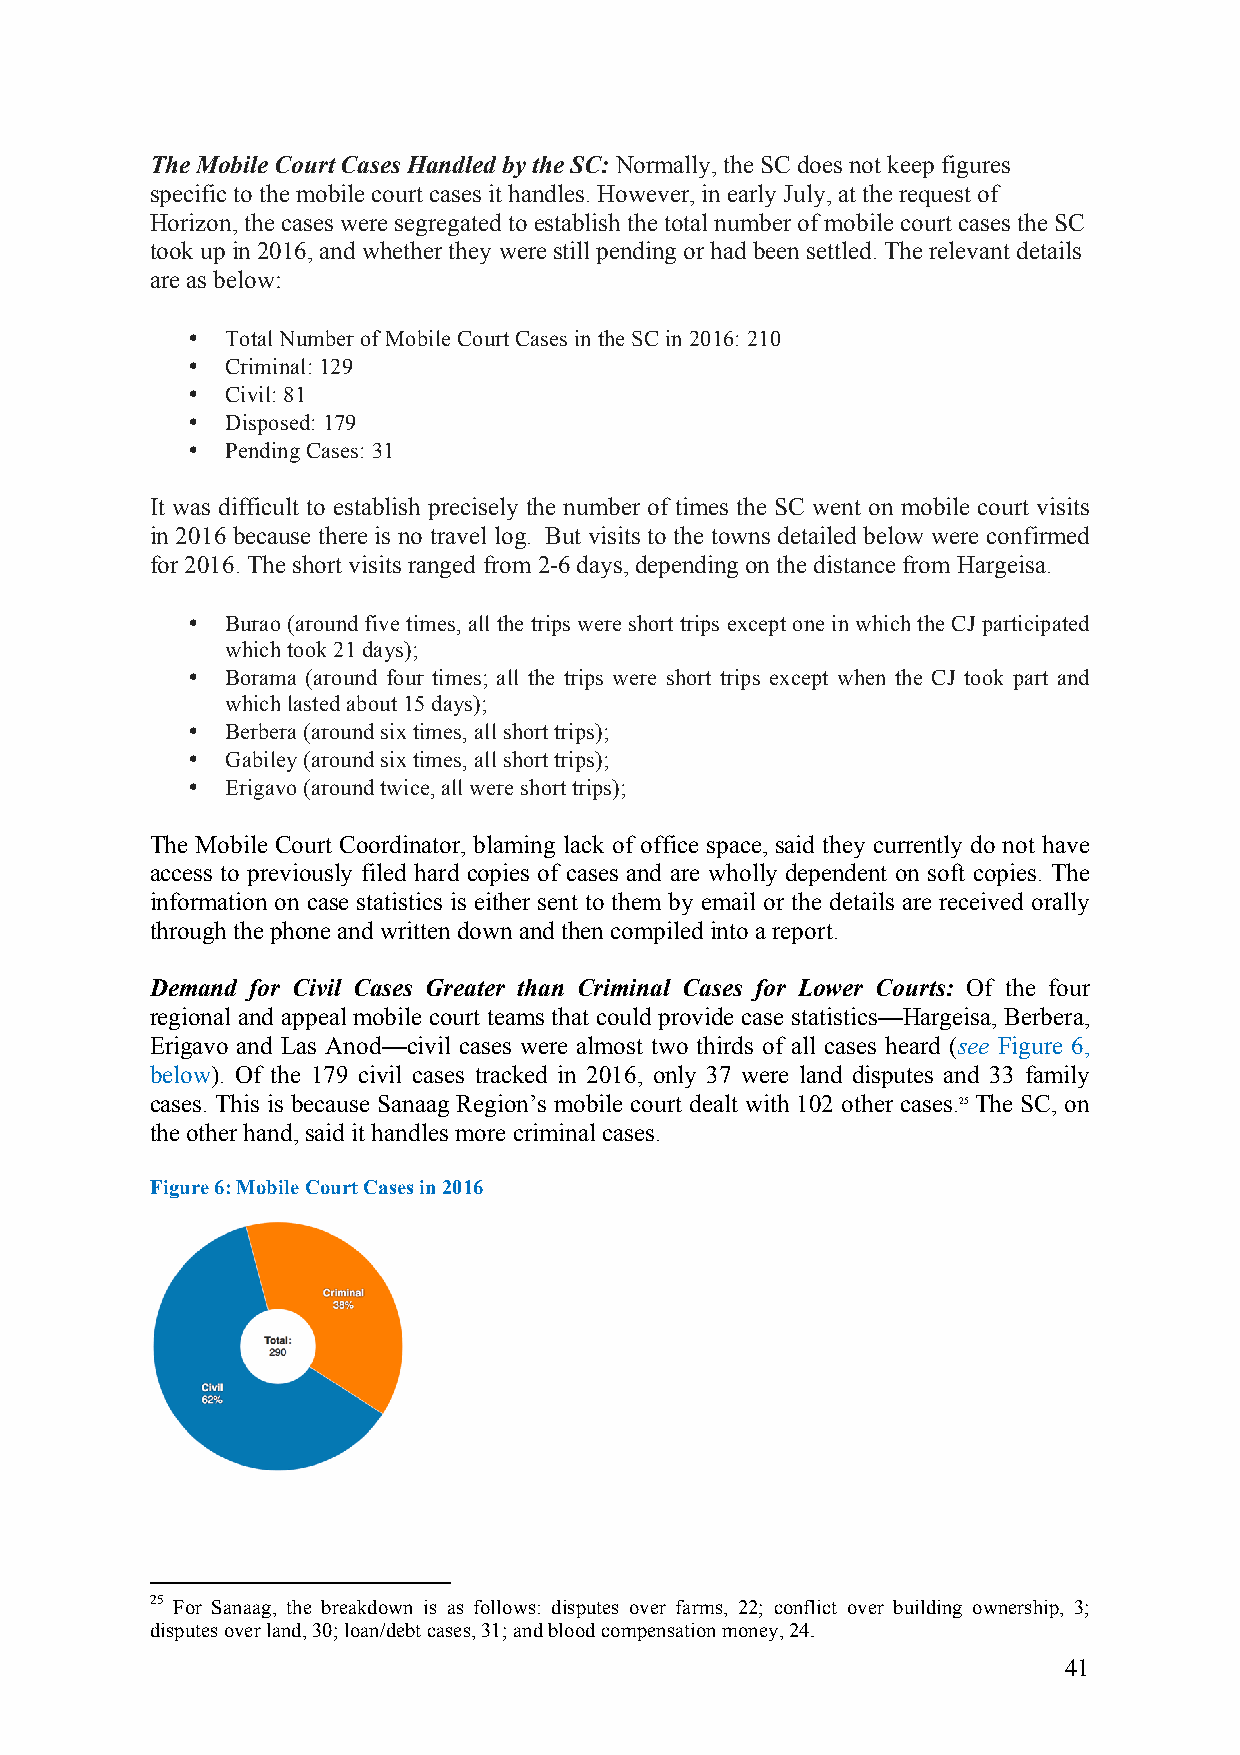
The Mobile Court Cases Handled by the SC: Normally, the SC does not keep figures
 specific to the mobile court cases it handles. However, in early July, at the request of
 Horizon, the cases were segregated to establish the total number of mobile court cases the SC
 took up in 2016, and whether they were still pending or had been settled. The relevant details
 are as below:
 •  Total Number of Mobile Court Cases in the SC in 2016: 210
 •  Criminal: 129
 •  Civil: 81
 •  Disposed: 179
 •  Pending Cases: 31
 It was difficult to establish precisely the number of times the SC went on mobile court visits
 in 2016 because there is no travel log. But visits to the towns detailed below were confirmed
 for 2016. The short visits ranged from 2-6 days, depending on the distance from Hargeisa.
 •  Burao (around five times, all the trips were short trips except one in which the CJ participated
 which took 21 days);
 •  Borama (around four times; all the trips were short trips except when the CJ took part and
 which lasted about 15 days);
 •  Berbera (around six times, all short trips);
 •  Gabiley (around six times, all short trips);
 •  Erigavo (around twice, all were short trips);
 The Mobile Court Coordinator, blaming lack of office space, said they currently do not have
 access to previously filed hard copies of cases and are wholly dependent on soft copies. The
 information on case statistics is either sent to them by email or the details are received orally
 through the phone and written down and then compiled into a report.
 Demand for Civil Cases Greater than Criminal Cases for Lower Courts: Of the four
 regional and appeal mobile court teams that could provide case statistics—Hargeisa, Berbera,
 Erigavo and Las Anod—civil cases were almost two thirds of all cases heard (see Figure 6,
 below). Of the 179 civil cases tracked in 2016, only 37 were land disputes and 33 family
 cases. This is because Sanaag Region’s mobile court dealt with 102 other cases.25 The SC, on
 the other hand, said it handles more criminal cases.
 Figure 6: Mobile Court Cases in 2016
 25 For Sanaag, the breakdown is as follows: disputes over farms, 22; conflict over building ownership, 3;
 disputes over land, 30; loan/debt cases, 31; and blood compensation money, 24.
 41